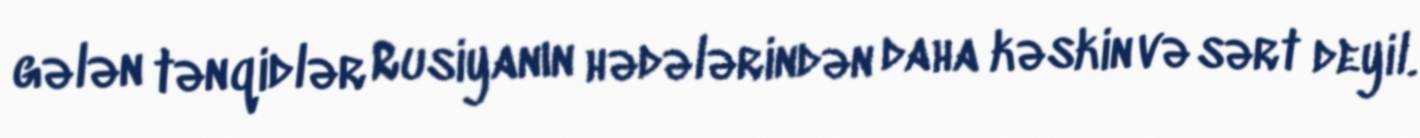
gələn tənqidlər Rusiyanın hədələrindən daha kəskin və sərt deyil.